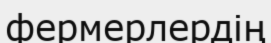
фермерлердің